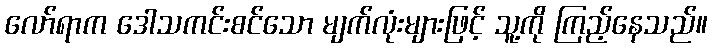
လော်ရာက ဒေါသကင်းစင်သော မျက်လုံးများဖြင့် သူ့ကို ကြည့်နေသည်။